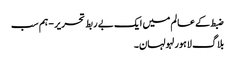
ضبط کے عالم میں ایک بے ربط تحریر - ہم سب
بلاگ لاہور لہولہان۔